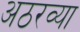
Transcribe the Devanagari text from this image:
अठरव्या